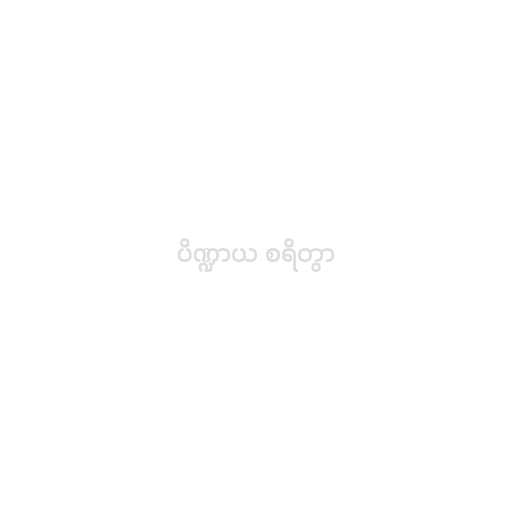
ပိဏ္ဍာယ စရိတွာ